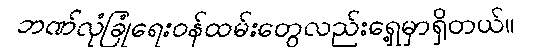
ဘဏ်လုံခြုံရေးဝန်ထမ်းတွေလည်းရှေ့မှာရှိတယ်။